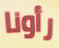
رأونا